Mental hospitals Bombay report 1921-28 - 1921-1928
Year: 1921
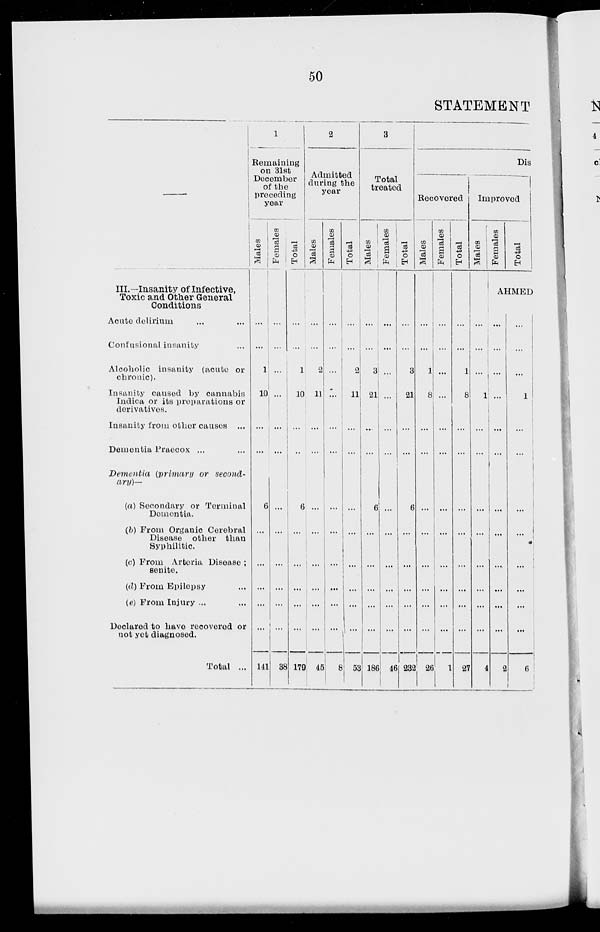
50
STATEMENT
—
III.—Insanity of Infective,
Toxic and Other General
Conditions
Acute delirium ... ...
Confusional insanity ...
Alcoholic insanity (acute or
chronic).
Insanity caused by cannabis
Indica or its preparations or
derivatives.
Insanity from other causes ...
Dementia Praecox ... ...
Dementia (primary or second-
ary)—
(a) Secondary or Terminal
Dementia.
(b) From Organic Cerebral
Disease other than
Syphilitic.
(c) From Artoria Disease ;
senite.
(d) From Epilepsy ...
(e) From Injury ... ...
Declared to have recovered or
not yet diagnosed.
Total ...
1
Remaining
on 31st
December
of the
preceding
year
Males
...
...
1
10
...
...
6
...
...
...
...
...
141
Females
...
...
...
...
...
...
...
...
...
...
...
...
38
Total
...
...
1
10
...
...
6
...
...
...
...
...
179
2
Admitted
during the
year
Males
...
...
2
11
...
...
...
...
...
...
...
...
45
Females
...
...
...
...
...
...
...
...
...
...
...
...
8
Total
...
...
2
11
...
...
...
...
...
...
...
...
53
3
Total
treated
Males
...
...
3
21
...
...
6
...
...
...
...
...
186
Females
...
...
...
...
...
...
...
...
...
...
...
...
46
Total
...
...
3
21
...
...
6
...
...
...
...
232
Dis
Recovered
Males
...
...
1
8
...
...
...
...
...
...
...
...
26
Females
...
...
...
...
...
...
...
...
...
...
...
...
1
Total
...
...
1
8
...
...
...
...
...
...
...
...
27
Improved
Males
...
...
...
1
...
...
...
...
...
...
...
...
4
Females
Total
AHMED
...
...
...
...
...
...
...
...
....
...
...
...
2
...
...
...
1
...
...
...
...
...
...
...
...
6